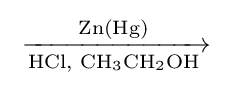
{\ce {->[{\ce {Zn(Hg)}}][{\ce {HCl}}{\text{, }}{\ce {CH3CH2OH}}]}}